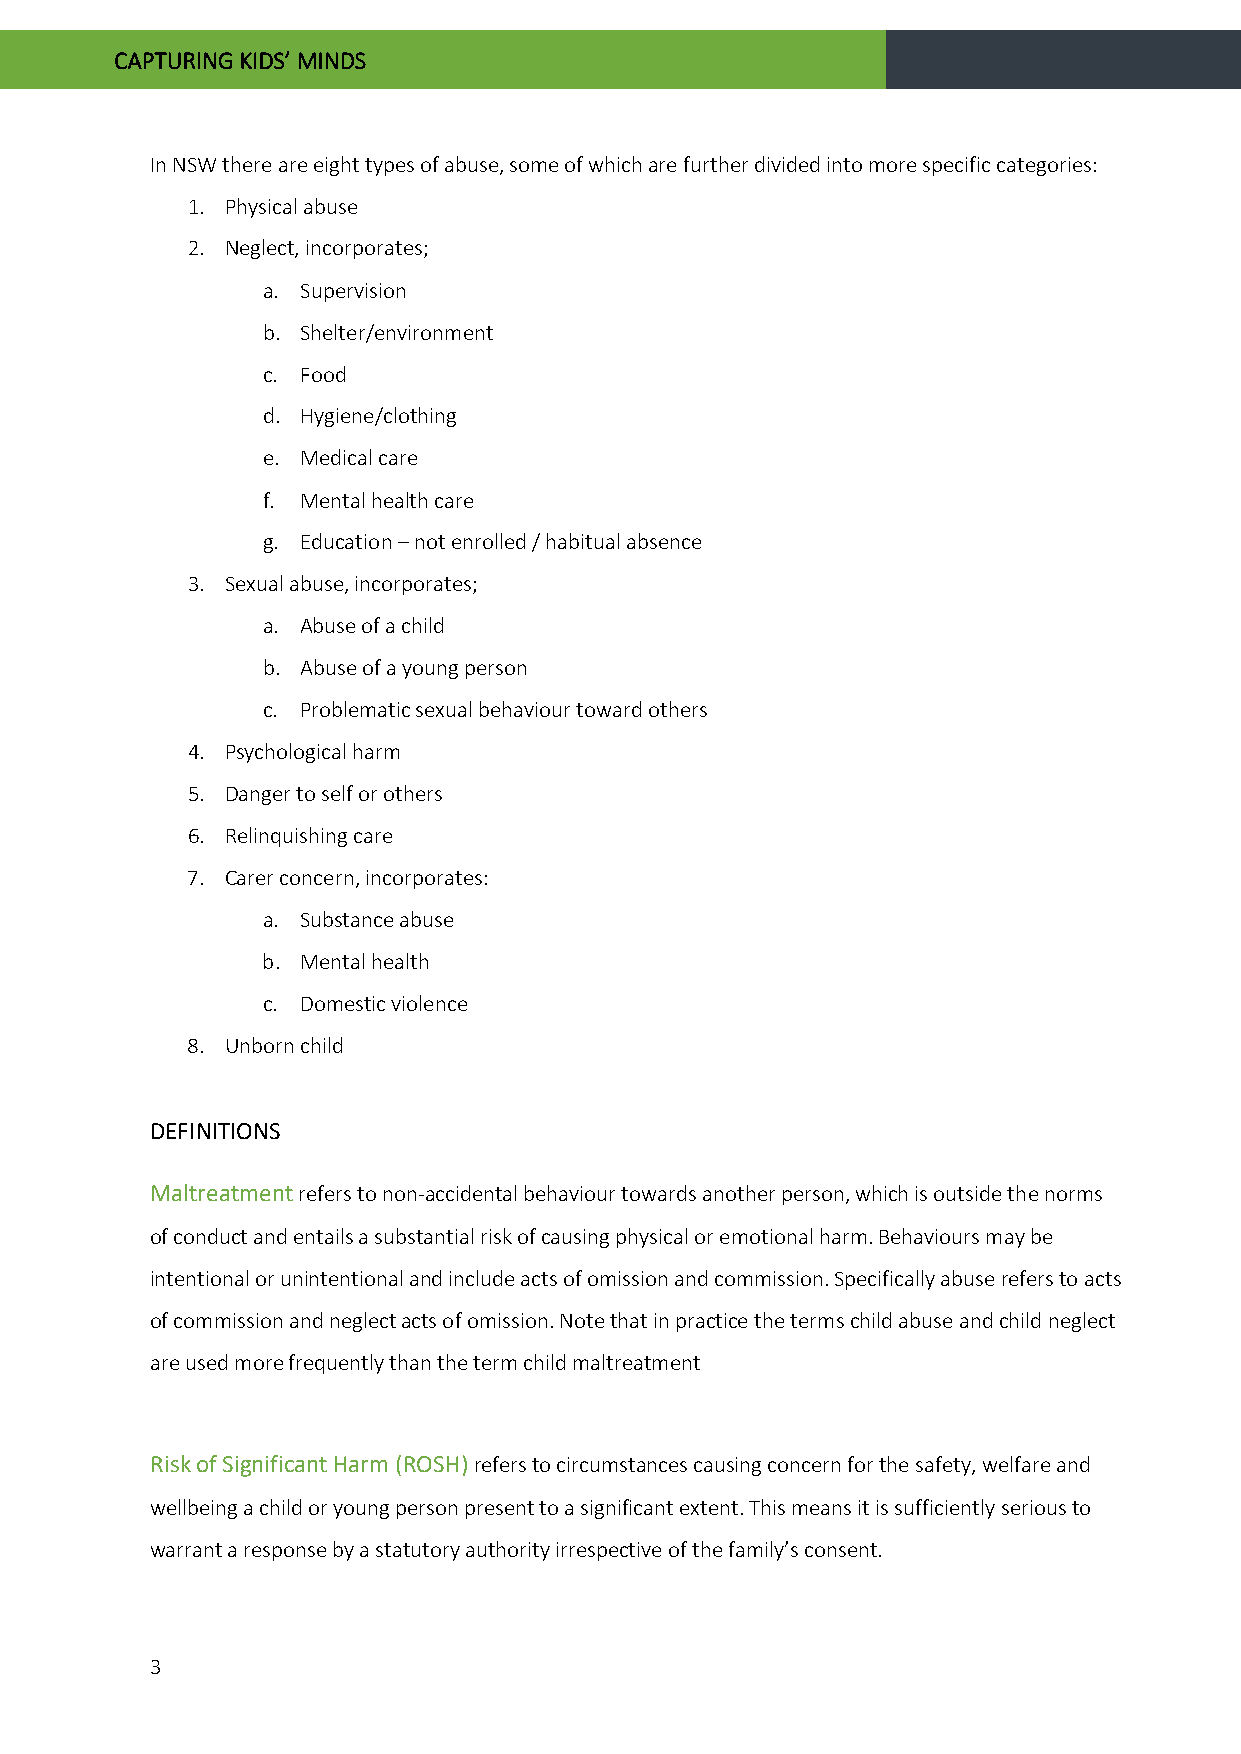
CAPTURING KIDS’ MINDS
 In NSW there are eight types of abuse, some of which are further divided into more specific categories:
 1. Physical abuse
 2. Neglect, incorporates;
 a. Supervision
 b. Shelter/environment
 c. Food
 d. Hygiene/clothing
 e. Medical care
 f. Mental health care
 g. Education – not enrolled / habitual absence
 3. Sexual abuse, incorporates;
 a. Abuse of a child
 b. Abuse of a young person
 c. Problematic sexual behaviour toward others
 4. Psychological harm
 5. Danger to self or others
 6. Relinquishing care
 7. Carer concern, incorporates:
 a. Substance abuse
 b. Mental health
 c. Domestic violence
 8. Unborn child
 DEFINITIONS
 Maltreatment refers to non-accidental behaviour towards another person, which is outside the norms
 of conduct and entails a substantial risk of causing physical or emotional harm. Behaviours may be
 intentional or unintentional and include acts of omission and commission. Specifically abuse refers to acts
 of commission and neglect acts of omission. Note that in practice the terms child abuse and child neglect
 are used more frequently than the term child maltreatment
 Risk of Significant Harm (ROSH) refers to circumstances causing concern for the safety, welfare and
 wellbeing a child or young person present to a significant extent. This means it is sufficiently serious to
 warrant a response by a statutory authority irrespective of the family’s consent.
 3